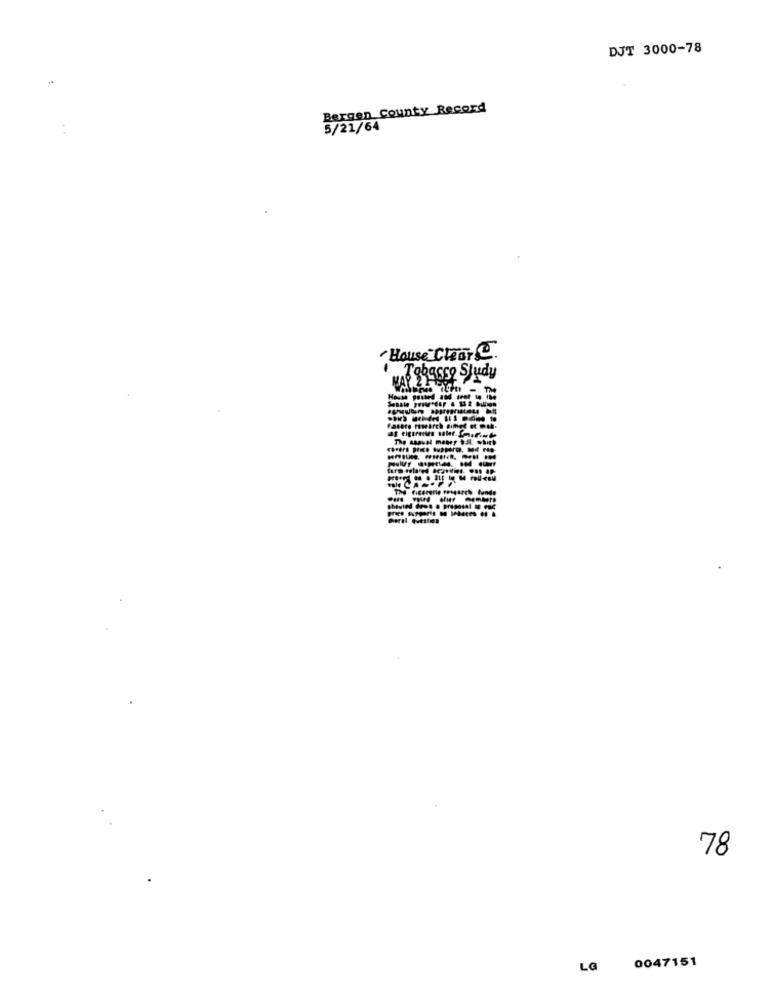
DJT 3000-78
Bergen County Record
5/21/64
House Clear .
Tobasso Study
heral pueshes
78
0047151
La